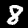
Digit: 8